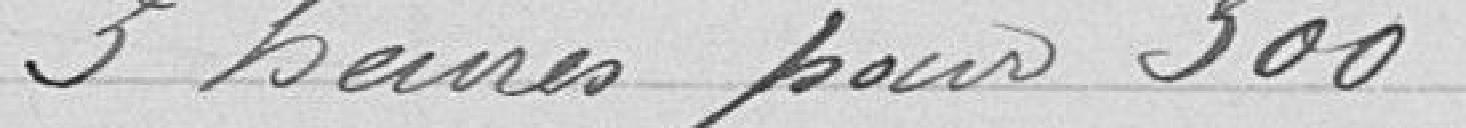
3 heures pour 300